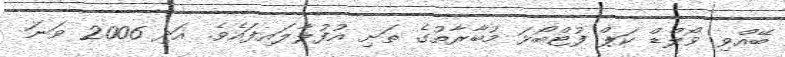
ބޭއްވި ވޯލްޑް ކަޕް ފުޓްބޯޅަ މުބާރާތުގެ ތަށި އުފުލާލައިފައެވެ. އަދި 2006 ވަނަ